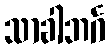
သာခါဘင်္ဂ